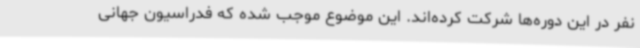
نفر در این دوره‌ها شرکت کرده‌اند. این موضوع موجب شده که فدراسیون جهانی